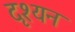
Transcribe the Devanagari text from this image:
दृश्यन